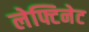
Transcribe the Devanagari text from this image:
लेफ्टिनेट